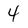
Character: 4